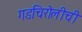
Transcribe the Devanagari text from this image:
गडचिरोलीची